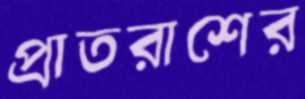
প্রাতরাশের